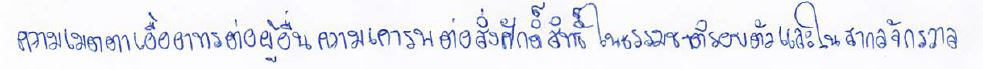
ความเมตตาเอื้ออาทรต่อผู้อื่นความเคารพต่อสิ่งศักดิ์สิทธิ์ในธรรมชาติรอบตัวและในสากลจักรวาล